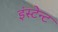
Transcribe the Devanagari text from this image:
इंस्टेन्ट